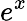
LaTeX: e^{x}